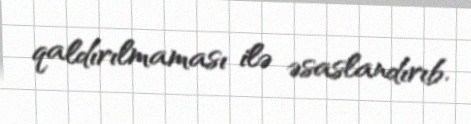
qaldırılmaması ilə əsaslandırıb.